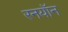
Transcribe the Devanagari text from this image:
रनयॉन